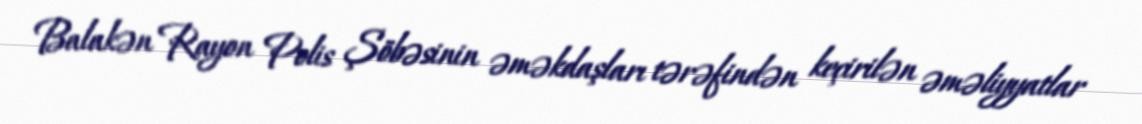
Balakən Rayon Polis Şöbəsinin əməkdaşları tərəfindən keçirilən əməliyyatlar